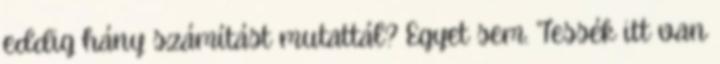
eddig hány számítást mutattál? Egyet sem. Tessék itt van